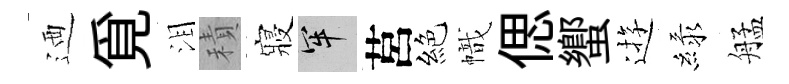
迺覓泪積寢牢莒絕幟偲蠁逰緑艋